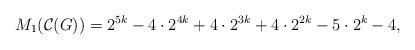
LaTeX: \begin{align*}M_{1}(\mathcal{C}(G))=2^{5k}-4 \cdot 2^{4k} + 4 \cdot 2^{3k} +4 \cdot 2^{2k} -5 \cdot 2^{k} -4,\end{align*}